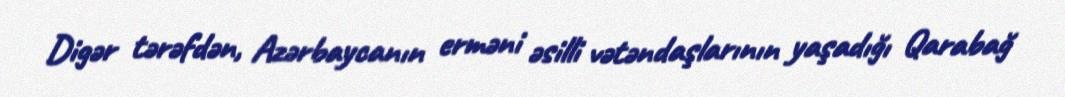
Digər tərəfdən, Azərbaycanın erməni əsilli vətəndaşlarının yaşadığı Qarabağ